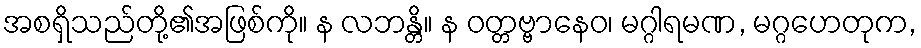
အစရှိသည်တို့၏အဖြစ်ကို။ န လဘန္တိ။ န ဝတ္တဗ္ဗာနေဝ၊ မဂ္ဂါရမဏ, မဂ္ဂဟေတုက,